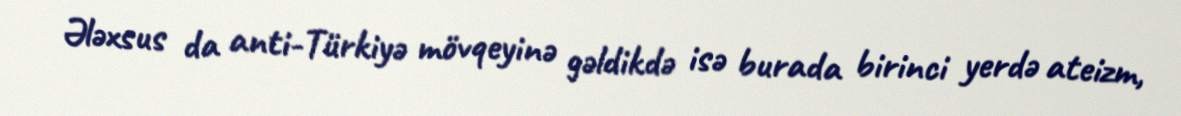
Ələxsus da anti-Türkiyə mövqeyinə gəldikdə isə burada birinci yerdə ateizm,